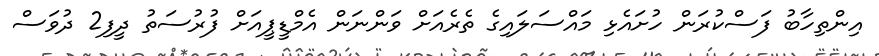
އިންތިހާބު ފަސްކުރަން ހުށައެޅި މައްސަލައިގެ ތެރެއަށް ވަންނަން އެމްޑީޕީއަށް ފުރުސަތު ދީފި2 ދުވަސް